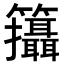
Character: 𥸓